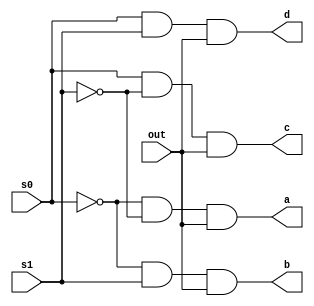
`timescale 1ns / 1ps
//////////////////////////////////////////////////////////////////////////////////
// Company: 
// Engineer: 
// 
// Design Name: 
// Module Name: dem
// Project Name: 
// Target Devices: 
// Tool Versions: 
// Description: 
// 
// Dependencies: 
// 
// Revision:
// Revision 0.01 - File Created
// Additional Comments:
// 
//////////////////////////////////////////////////////////////////////////////////


module dem(
    input out,
    input s0,
    input s1,
    output a,
    output b,
    output c,
    output d
    );
    assign a=~s0&~s1&out;
    assign b=~s0&s1&out;
    assign c=s0&~s1&out;
    assign d=s0&s1&out;
endmodule